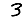
Digit: 3